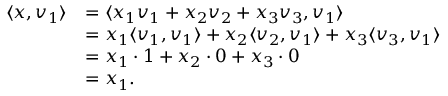
\begin{array} { r l } { \langle x , v _ { 1 } \rangle } & { = \langle x _ { 1 } v _ { 1 } + x _ { 2 } v _ { 2 } + x _ { 3 } v _ { 3 } , v _ { 1 } \rangle } \\ & { = x _ { 1 } \langle v _ { 1 } , v _ { 1 } \rangle + x _ { 2 } \langle v _ { 2 } , v _ { 1 } \rangle + x _ { 3 } \langle v _ { 3 } , v _ { 1 } \rangle } \\ & { = x _ { 1 } \cdot 1 + x _ { 2 } \cdot 0 + x _ { 3 } \cdot 0 } \\ & { = x _ { 1 } . } \end{array}